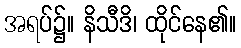
အရပ်၌။ နိသီဒိ၊ ထိုင်နေ၏။